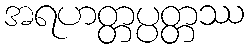
အရဟတ္တပ္ပတ္တဿ